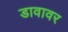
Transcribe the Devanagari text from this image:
डावावर